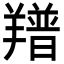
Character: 𦏏